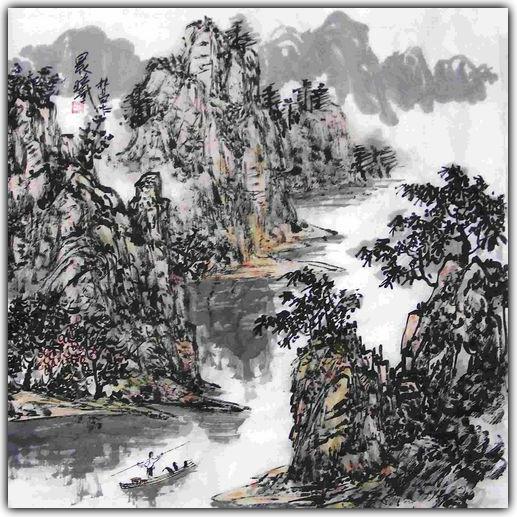
笑拈芳草不知名，乍凌波断桥西堍。